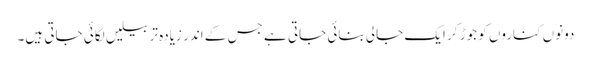
دونوں کناروں کو جوڑ کر ایک جالی بنائی جاتی ہے جس کے اندر زیادہ تر بیلیں لگائی جاتی ہیں۔